Vaccination in Bombay 1869-1873 - 1869-1873
Year: 1869
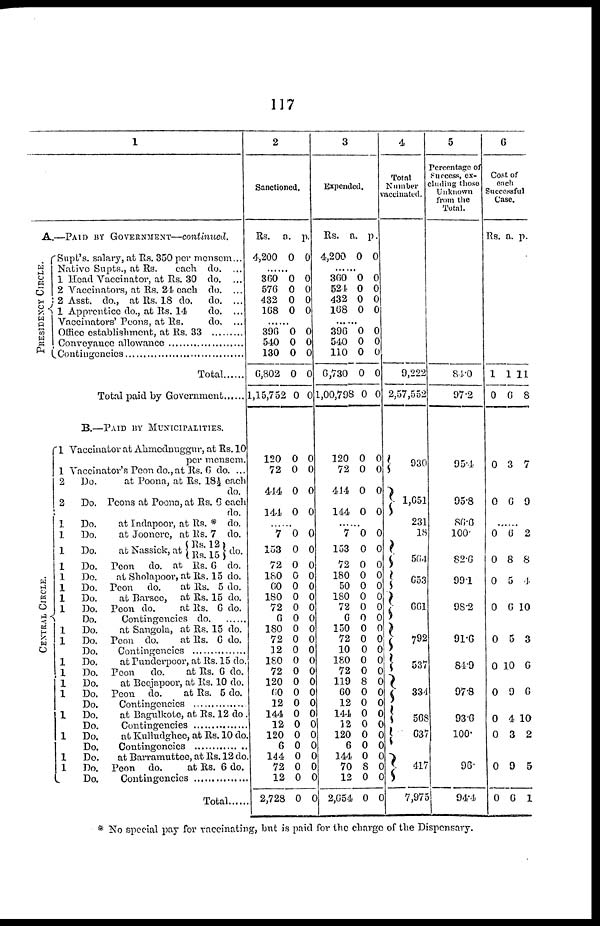
117
1
A.—PAID BY GOVERNMENT—continued.
PRESIDENCY CIRCLE.
Supt's. salary, at Rs. 350 per mensem...
Native Supts., at Rs.
each do....
1 Head Vaccinator, at Rs. 30 do. ...
2 Vaccinators, at Rs. 24 each do. ...
2 Asst. do., at Rs. 18 do. do. ...
1 Apprentice do., at Rs. 14
do. ...
Vaccinators' Peons, at Rs.
do. ...
Office establishment, at Rs. 33 .........
Conveyance allowance ............
Contingencies .................
Total ......
Total paid by Government
B.—PAID BY MUNICIPALITIES.
CENTRAL CIRCLE.
1 Vaccinator at Ahmadnuggur, at Rs. 10
per mensem.
1 Vaccinator's Peon do., at Rs. 6 do. ...
2
Do.
at Poona, at Rs. 18½ each
do.
2
Do. Peons at Poona, at Rs. 6 each
do.
1
Do.
at Indapoor, at Rs. * do.
1
Do.
at Joonere, at Rs. 7 do.
1
Do.
at Nassick, at
Rs.12
Rs. 15
do.
1
Do. Peon do. at Rs. 6 do.
1
Do.
at Sholapoor, at Rs. 15 do.
1
Do. Peon do.
at Rs. 5 do.
1
Do.
at Barsee, at Rs. 15 do.
1
Do. Peon do.
at Rs. 6 do.
Do.
Contingencies do
1
Do.
at Sangola, at Rs. 15 do.
1
Do. Peon do.
at Rs. 6 do.
Do. Contingencies ................
1
Do.
at Punderpoor, at Rs. 15 do.
1
Do. Peon
do.
at Rs. 6 do.
1
Do.
at Beejapoor, at Rs. 10 do.
1
Do. Peon do.
at Rs. 5 do.
Do. Contingencies .................
1
Do.
at Bagulkote, at Rs. 12 do.
Do. Contingencies .................
1
Do.
at Kulludghee, at Rs. 10 do
Do. Contingencies ................
1
Do.
at Barramuttee, at Rs. 12 do
1
Do. Peon do.
at Rs. 6 do.
Do. Contingencies ...........
Total.......
2
Sanctioned.
Rs.
4,200
a.
0
p.
0
......
360
576
432
168
0
0
0
0
0
0
0
0
......
396
540
130
6,802
1,15,752
0
0
0
0
0
0
0
0
0
0
120
72
444
144
0
0
0
0
0
0
0
0
......
7
153
72
180
60
180
72
6
180
72
12
180
72
120
60
12
144
12
120
6
144
72
12
2,728
0
0
0
0
0
0
0
0
0
0
0
0
0
0
0
0
0
0
0
0
0
0
0
0
0
0
0
0
0
0
0
0
0
0
0
0
0
0
0
0
0
0
0
0
0
0
0
0
3
Expended.
Rs.
4,200
a.
0
p.
0
......
360
524
432
168
0
0
0
0
0
0
0
0
......
396
540
110
6,730
1,00,798
0
0
0
0
0
0
0
0
0
0
120
72
444
144
0
0
0
0
0
0
0
0
......
7
153
72
180
50
180
72
6
150
72
10
180
72
119
60
12
144
12
120
6
144
70
12
2,654
0
0
0
0
0
0
0
0
0
0
0
0
0
8
0
0
0
0
0
0
0
8
0
0
0
0
0
0
0
0
0
0
0
0
0
0
0
0
0
0
0
0
0
0
0
0
0
0
4
Total
Number
vaccinated.
9,222
2,57,552
930
1,651
231
18
564
653
661
792
537
334
568
637
417
7,975
5
Percentage of
Success, ex-
cluding those
Unknown
from the
Total.
84.0
97.2
95.4
95.8
86.0
100.
82.6
99.1
98.2
91.6
84.9
97.8
93.6
100.
96.
94.4
6
Cost of
each
Successful
Case.
Rs. a. p.
1
0
1
6
11
8
0
0
3
6
7
9
0
0
0
0
0
0
0
0
0
0
0
6
8
5
6
5
10
9
4
3
9
6
2
8
4
10
3
6
6
10
2
5
1
* No special pay for vaccinating, but is paid for the charge of the Dispensary.